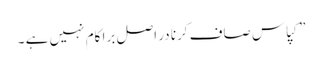
”کپاس صاف کرنا در اصل برا کام نہیں ہے ۔